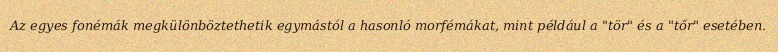
Az egyes fonémák megkülönböztethetik egymástól a hasonló morfémákat, mint például a "tör" és a "tőr" esetében.